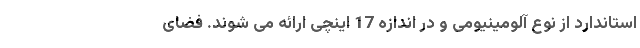
استاندارد از نوع آلومینیومی و در اندازه 17 اینچی ارائه می شوند. فضای